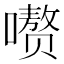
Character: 𪢕